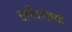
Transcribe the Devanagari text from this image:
साँगक्रन